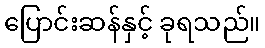
ပြောင်းဆန်နှင့် ခုရသည်။